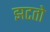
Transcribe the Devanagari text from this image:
झटतो